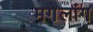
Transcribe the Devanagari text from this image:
मगेलांग